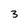
Character: 3